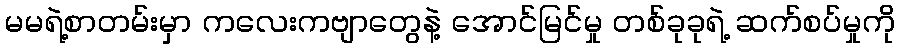
မမရဲ့စာတမ်းမှာ ကလေးကဗျာတွေနဲ့ အောင်မြင်မှု တစ်ခုခုရဲ့ ဆက်စပ်မှုကို